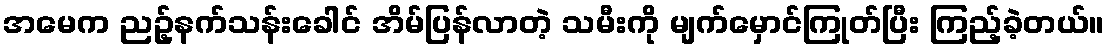
အမေက ညဥ့်နက်သန်းခေါင် အိမ်ပြန်လာတဲ့ သမီးကို မျက်မှောင်ကြုတ်ပြီး ကြည့်ခဲ့တယ်။